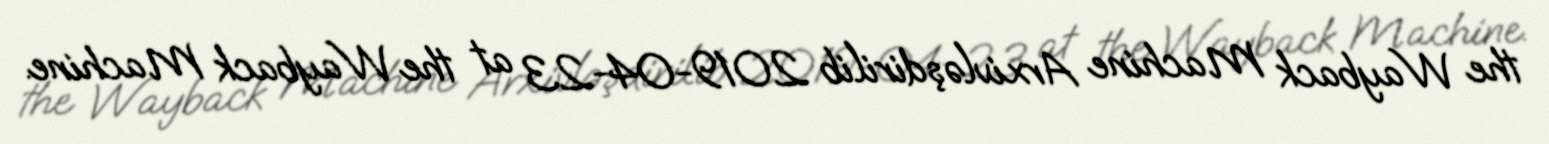
the Wayback Machine Arxivləşdirilib 2019-04-23 at the Wayback Machine.